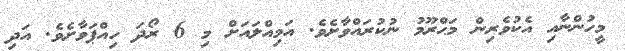
މީހުންނާއި އެކުވެރިން މަޙްރޫމު ނުކުރައްވާށެވެ. އަމިއްލައަށް މި 6 ރޯދަ ހިއްޕަވާށެވެ. އަދި